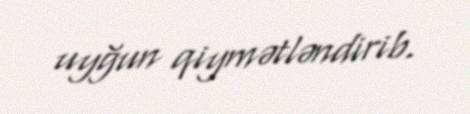
uyğun qiymətləndirib.